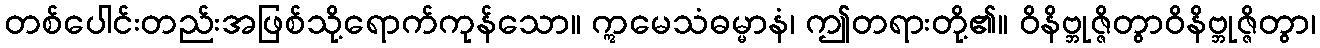
တစ်ပေါင်းတည်းအဖြစ်သို့ရောက်ကုန်သော။ ဣမေသံဓမ္မာနံ၊ ဤတရားတို့၏။ ဝိနိဗ္ဘုဇ္ဇိတွာဝိနိဗ္ဘုဇ္ဇိတွာ၊